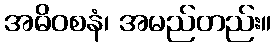
အဓိဝစနံ၊ အမည်တည်း။